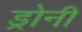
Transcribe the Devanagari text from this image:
ड्रोनी